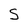
Character: S